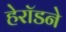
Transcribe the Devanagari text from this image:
हेरॉडने